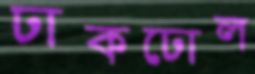
ঢাকঢোল